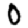
Digit: 0